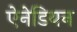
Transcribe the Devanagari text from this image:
ऐनेडियन